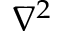
\nabla ^ { 2 }